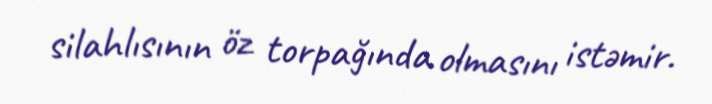
silahlısının öz torpağında olmasını istəmir.